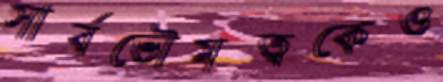
সার্বভৌমত্বকেও